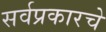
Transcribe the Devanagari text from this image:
सर्वप्रकारचे